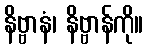
နိဗ္ဗာနံ၊ နိဗ္ဗာန်ကို။